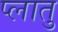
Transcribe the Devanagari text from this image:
प्लातु